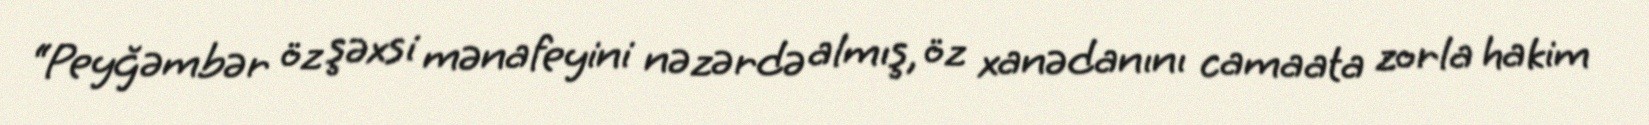
“Peyğəmbər öz şəxsi mənafeyini nəzərdə almış, öz xanədanını camaata zorla hakim